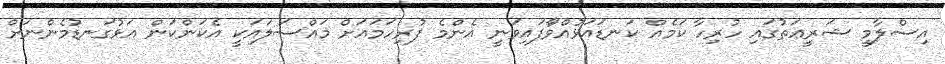
އިސްލާމީ ޝަރީޢަތުގައި ހުރިހާ ކަމެއް ކަނޑައަޅުއްވަާފައިވަނީ އެންމެ ފުރިހަމައަށް މައްސަލައަކީ އެކަންކަން އަޅުގަނޑުމެންނަށް